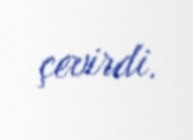
çevirdi.